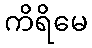
ကိရိမေ